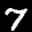
Label: 7